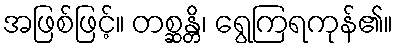
အဖြစ်ဖြင့်။ တစ္ဆန္တိ၊ ရွေကြရကုန်၏။